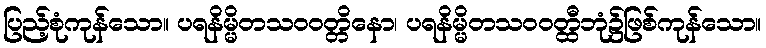
ပြည့်စုံကုန်သော။ ပရနိမ္မိတသဝဝတ္တိနော၊ ပရနိမ္မိတသဝဝတ္ထီဘုံ၌ဖြစ်ကုန်သော။